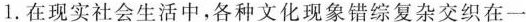
1.在现实社会生活中，各种文化现象错综复杂交织在一